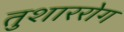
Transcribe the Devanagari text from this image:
तुशाररोग